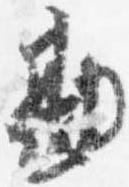
勘